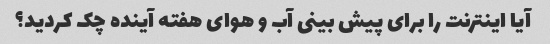
آیا اینترنت را برای پیش بینی آب و هوای هفته آینده چک کردید؟